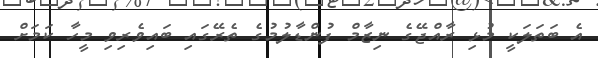
އެ ބަތަލަކީ މުޅި ރާއްޖޭގެ ނިޒާމް ފުންޑާލުމުގެ ތެރޭގައި ބައިވެރިވި މީހާ ކަމަށް